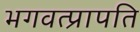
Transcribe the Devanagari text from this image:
भगवत्प्रापति